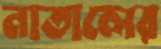
নাতালের